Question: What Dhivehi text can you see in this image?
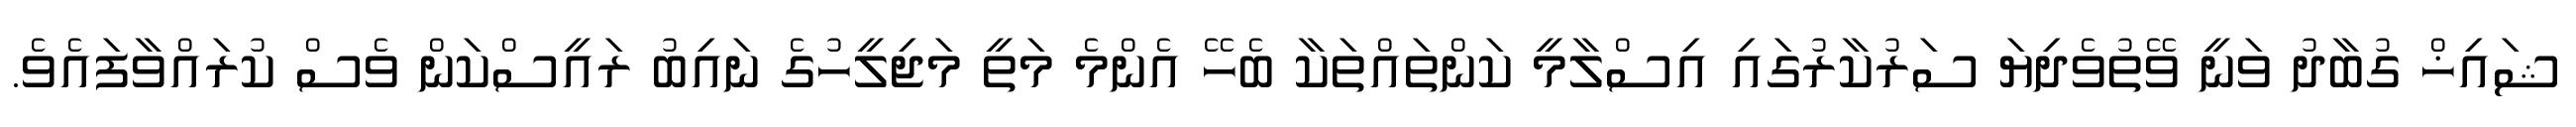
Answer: ޝައިޚް ގުބާދު ވަނީ ވޭތުވެދިޔަ ސަރުކާރުގައި އިސްލާމީ ކަންތައްތަކާ ބެހޭ އެންމެ މަތީ މަޖިލީހުގެ ނައިބު ރައީސްކަން ވެސް ކުރައްވާފައެވެ.